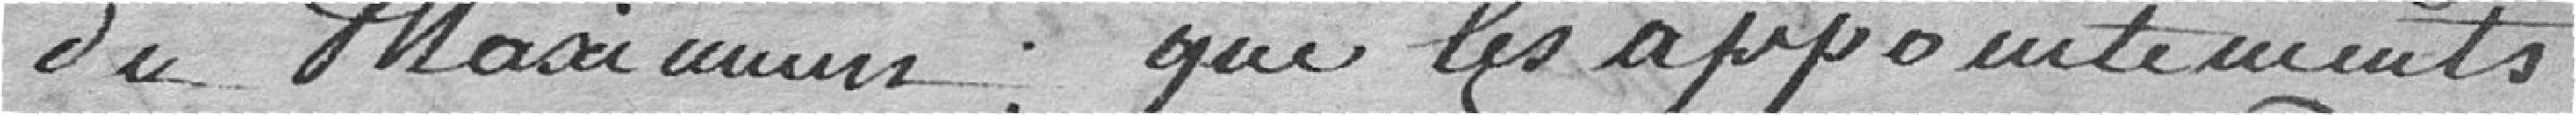
du maximum, que les appointements